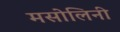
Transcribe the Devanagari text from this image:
मसोलिनी